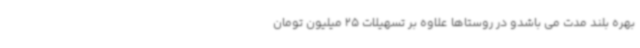
بهره بلند مدت می باشدو در روستاها علاوه بر تسهیلات 25 میلیون تومان